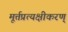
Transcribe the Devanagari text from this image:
मूर्त्तप्रत्यक्षीकरण्